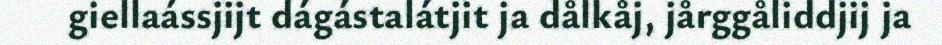
giellaássjijt dágástalátjit ja dålkåj, jårggåliddjij ja